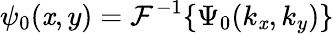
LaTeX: \psi_{0}(\mathit{x},y)={\mathcal{{F}}}^{-1}\{ \Psi_{0}(k_{\mathit{x}},k_{y})\}